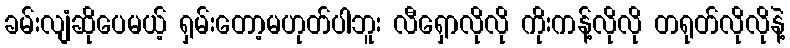
ခမ်းလျံဆိုပေမယ့် ရှမ်းတော့မဟုတ်ပါဘူး လီရှောလိုလို ကိုးကန့်လိုလို တရုတ်လိုလိုနဲ့